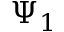
\Psi _ { 1 }